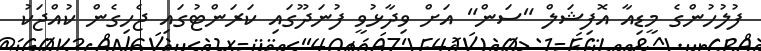
ފުލުހުންގެ މީޑިއާ އޮފިޝަލް "ސަން" އަށް ވިދާޅުވީ ފުނަދޫގައި ކަރަންޓުގައި ޖެހިގެން ކުއްޖަކު